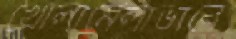
খোলামেলাভাবে